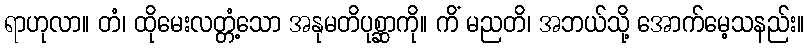
ရာဟုလာ။ တံ၊ ထိုမေးလတ္တံ့သော အနုမတိပုစ္ဆာကို။ ကိံ မညတိ၊ အဘယ်သို့ အောက်မေ့သနည်း။